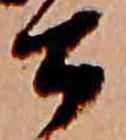
公